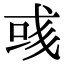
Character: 彧